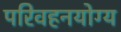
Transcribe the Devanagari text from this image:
परिवहनयोग्य